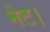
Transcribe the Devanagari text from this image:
नेट।